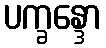
ပက္ခန္ဒော